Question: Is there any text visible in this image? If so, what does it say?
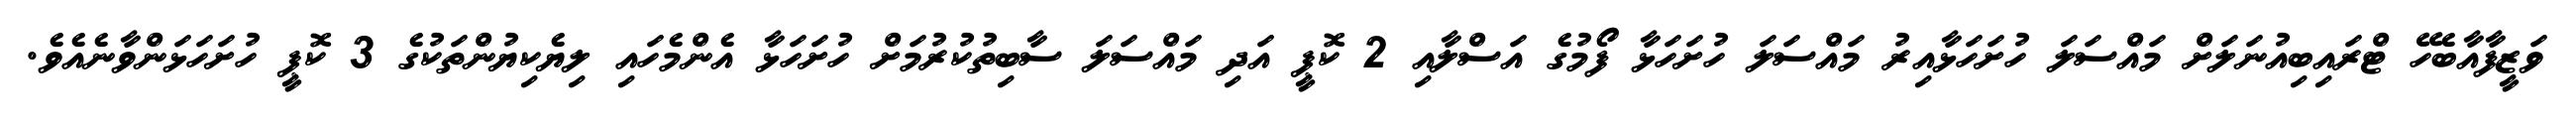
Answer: ވަޒީފާއާބެހޭ ޓްރައިބިއުނަލަށް މައްސަލަ ހުށަހަޅާއިރު މައްސަލަ ހުށަހަޅާ ފޯމުގެ އަސްލާއި 2 ކޮޕީ އަދި މައްސަލަ ސާބިތުކުރުމަށް ހުށަހަޅާ އެންމެހައި ލިޔެކިޔުންތަކުގެ 3 ކޮޕީ ހުށަހަޅަންވާނެއެވެ.